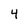
Character: 4